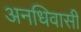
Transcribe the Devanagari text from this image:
अनधिवासी